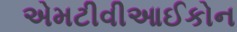
એમટીવીઆઈકોન